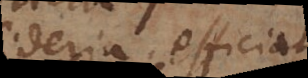
desideria efficiat,